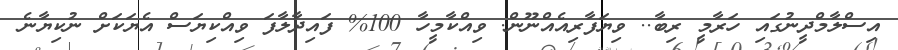
އިސްލާމްދީނުގައި ހަރާމީ ރިބާ.. ވިޔަފާރިއެއްނޫން. ވިއްކާމީހާ 100% ފައިދާލާފަ ވިއްކިޔަސް އެޔަކަށް ނުކިޔާނެ